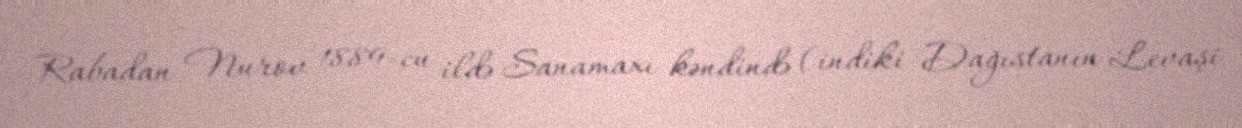
Rabadan Nurov 1889-cu ildə Sanamaxı kəndində (indiki Dağıstanın Levaşi